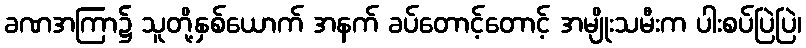
ခဏအကြာ၌ သူတို့နှစ်ယောက် အနက် ခပ်တောင့်တောင့် အမျိုးသမီးက ပါးစပ်ပြဲပြဲ၊